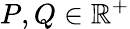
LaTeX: P,Q\in\mathbb{R}^{+}